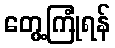
တွေ့ကြုံရန်